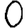
Digit: 0